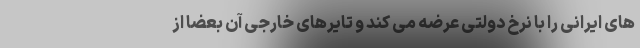
های ایرانی را با نرخ دولتی عرضه می کند و تایرهای خارجی آن بعضا از